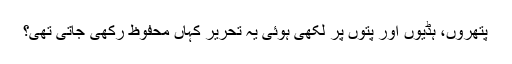
پتھروں، ہڈیوں اور پتوں پر لکھی ہوئی یہ تحریر کہاں محفوظ رکھی جاتی تھی؟